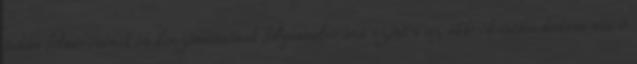
tudás felmérésének és beszámításának folyamatleírása szintén az akkreditációs dokumentáció